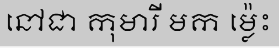
នៅជា កុមារី មក ម្ល៉េះ